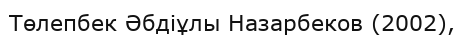
Төлепбек Әбдіұлы Назарбеков (2002),